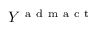
Y ^ { \mathrm { ~ a ~ d ~ m ~ a ~ c ~ t ~ } }